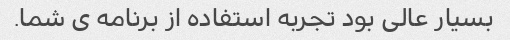
بسیار عالی بود تجربه استفاده از برنامه ى شما.